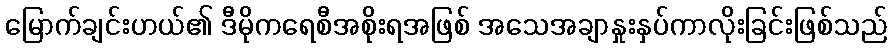
မြောက်ချင်းဟယ်၏ ဒီမိုကရေစီအစိုးရအဖြစ် အသေအချာနှုးနှပ်ကာလိုးခြင်းဖြစ်သည်